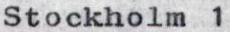
Stockholm 1